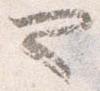
ヤ